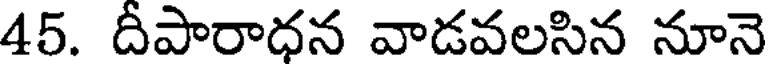
45. దీపారాధన వాడవలసిన నూనె